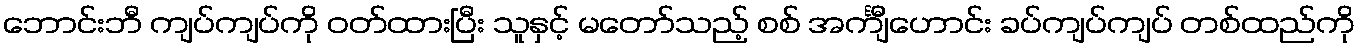
ဘောင်းဘီ ကျပ်ကျပ်ကို ဝတ်ထားပြီး သူနှင့် မတော်သည့် စစ် အင်္ကျီဟောင်း ခပ်ကျပ်ကျပ် တစ်ထည်ကို